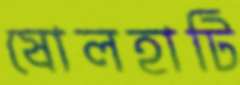
ষোলহাটি